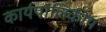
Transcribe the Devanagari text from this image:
कार्यपालिकीय